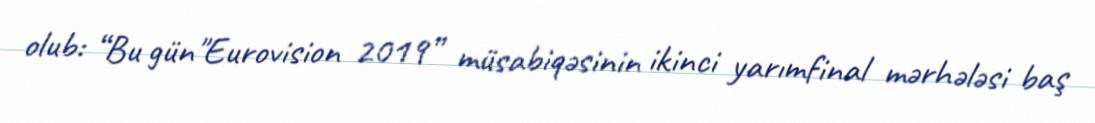
olub: “Bu gün"Eurovision 2019” müsabiqəsinin ikinci yarımfinal mərhələsi baş